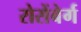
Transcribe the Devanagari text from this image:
रोसेंबेर्ग